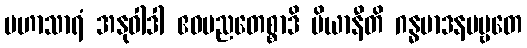
မဟာသာရံ အနုဝါဒါ ဧဝမညတေစ္စာဒိ ပိယာနီတိ ဂန္ဓမာဒနပဗ္ဗတေ